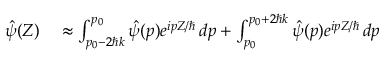
\begin{array} { r l } { \hat { \psi } ( Z ) } & { { } \approx \int _ { p _ { 0 } - 2 \hbar k } ^ { p _ { 0 } } \hat { \psi } ( p ) e ^ { i p Z / \hbar } \, d p + \int _ { p _ { 0 } } ^ { p _ { 0 } + 2 \hbar k } \hat { \psi } ( p ) e ^ { i p Z / \hbar } \, d p } \end{array}